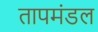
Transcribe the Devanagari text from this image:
तापमंडल